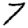
Digit: 7